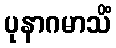
ပုနာဂမာသိံ